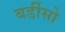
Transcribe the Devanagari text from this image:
बर्डीसो